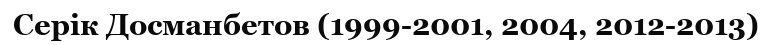
Серік Досманбетов (1999-2001, 2004, 2012-2013)